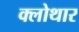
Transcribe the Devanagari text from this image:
क्लोथार